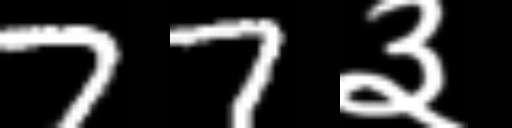
Text: 77३